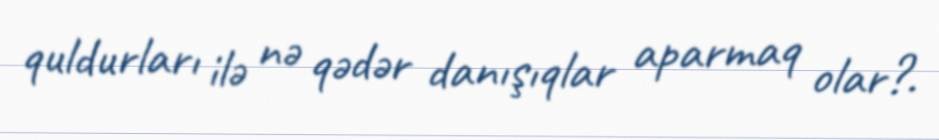
quldurları ilə nə qədər danışıqlar aparmaq olar?.